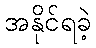
အနိုင်ရခဲ့